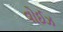
વોઈઝ